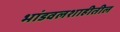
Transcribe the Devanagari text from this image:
भांडवलशाहीतील